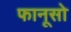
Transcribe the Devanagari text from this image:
फानूसो